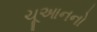
ચૂઆનનો